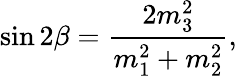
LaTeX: \sin 2\beta=\frac{2m_{3}^{2}}{m_{1}^{2}+m_{2}^{2}},